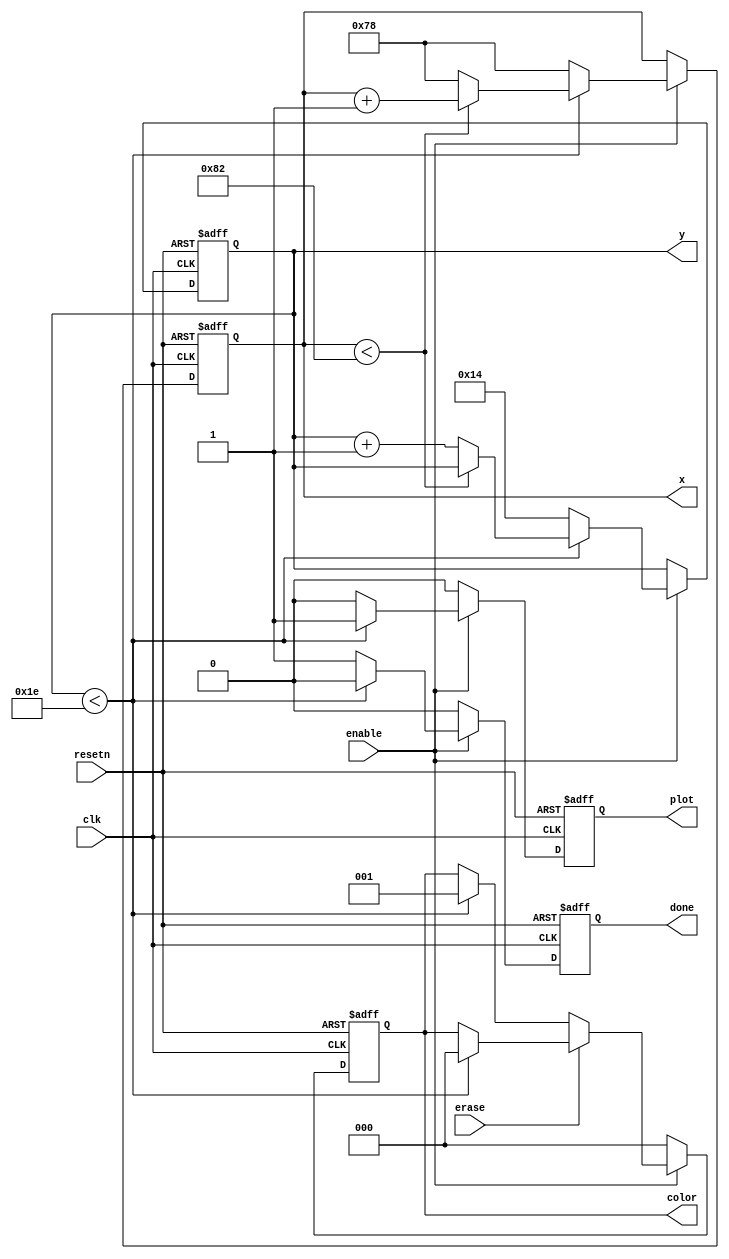
module counterA (clk, resetn, enable, erase, color, x, y, plot, done);
input clk, resetn, enable, erase;
output reg plot;
output reg [7:0]x;
output reg [6:0]y;
wire [7:0] addr;
//wire [2:0] color_out;
output reg [2:0] color;
output reg done;

parameter width=10, height=10;	
parameter x_offset=120, y_offset=20;		// objectA is drawn at (60,60) at start

always @ (posedge clk or negedge resetn)
begin
	if (!resetn)
	begin
		x <= x_offset;
		y <= y_offset;
		plot <= 0;
		color <= 3'b000;
		done <= 0;
	end
	else if (!enable)
	begin
		x <= x;
		y <= y;
		plot <= 0;
		color <= 3'b000;
		done <= 0;
	end
	else
	begin
		if (erase)
		begin
			if (y < height+y_offset)
			begin
				if (x < width+x_offset)
				begin
					x <= x + 1;
					y <= y;
					plot <= 1;
					done <= 0;
					color <= 3'b000;
				end
				else
				begin
					x <= x_offset;
					y <= y + 1;
					plot <= 1;
					done <= 0;
					color <= 3'b000;
				end
			end
			else
			begin
				x <= x_offset;
				y <= y_offset;
				plot <= 0;
				color <= color;
				done <= 1;
			end
		end
		else
		begin
			if (y < height+y_offset)
			begin
				if (x < width+x_offset)
				begin
					x <= x + 1;
					y <= y;
					plot <= 1;
					done <=0;
					color <= 3'b001;
				end
				else
				begin
					x <= x_offset;
					y <= y + 1;
					plot <= 1;
					done <= 0;
					color <= 3'b001;
				end
			end
			else
			begin
				x <= x_offset;
				y <= y_offset;
				plot <= 0;
				color <= color;
				done <= 1;
			end
		end
	end
end
	
endmodule